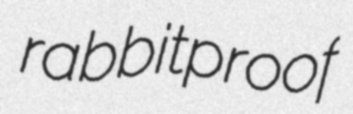
rabbitproof